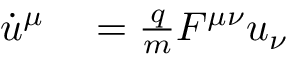
\begin{array} { r l } { \dot { u } ^ { \mu } } & { { } = \frac { q } { m } F ^ { \mu \nu } u _ { \nu } } \end{array}